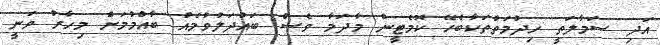
އަދި ސަމާލަތީ ހިދުމަތްތަކާބެހޭ ކޮމެޓީން މާދަމާ ވެސް ބައްދަލުވުމެއް ބާއްމުމަށް މިހާރު ވަނީ